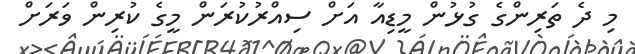
މި ދެ ތަރިންގެ ގުޅުން މީޑިއާ އަށް ސިއްރުކުރަން މީގެ ކުރިން ވަރަށް